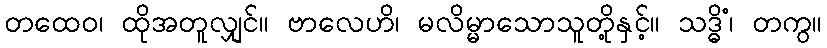
တထေဝ၊ ထိုအတူလျှင်။ ဗာလေဟိ၊ မလိမ္မာသောသူတို့နှင့်။ သဒ္ဓိံ၊ တကွ။